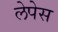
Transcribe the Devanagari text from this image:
लेपेस